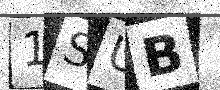
Text: 1SUB